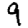
Digit: 9